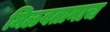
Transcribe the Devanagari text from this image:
मिळवतानाच